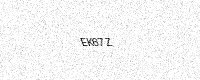
Text: EK67Z